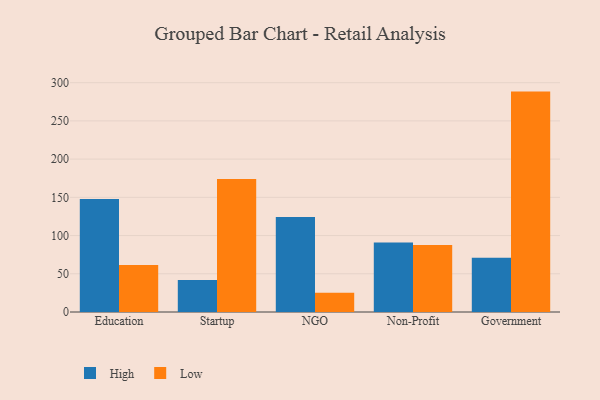
{"axis": {"x": "Segment", "y": "Shipments"}, "legend": ["High", "Low"], "data": [{"x": "Education", "y": 147.8, "type": "High"}, {"x": "Education", "y": 61.6, "type": "Low"}, {"x": "Startup", "y": 41.9, "type": "High"}, {"x": "Startup", "y": 173.9, "type": "Low"}, {"x": "NGO", "y": 124.2, "type": "High"}, {"x": "NGO", "y": 25.2, "type": "Low"}, {"x": "Non-Profit", "y": 91.0, "type": "High"}, {"x": "Non-Profit", "y": 87.6, "type": "Low"}, {"x": "Government", "y": 70.8, "type": "High"}, {"x": "Government", "y": 288.3, "type": "Low"}]}